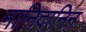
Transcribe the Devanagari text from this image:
मानिदानिन